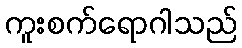
ကူးစက်ရောဂါသည်